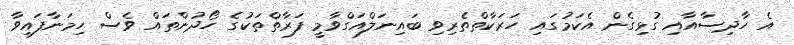
އެ ހާދިސާއާއި ގުޅިގެން އެކަމުގައި ހަރަކާތްތެރިވި ބައިނަލްއަގްވާމީ ފަރާތްތަކުގެ ހޯދުންތައް ވެސް ހިމަނާފައިވާ